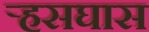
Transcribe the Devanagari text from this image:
र्‍हसघास